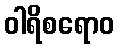
ဝါရိစရောဝ